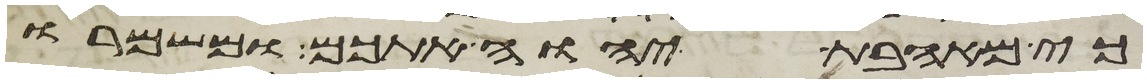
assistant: כי מאהבת יהוה אתכם ומשמרו